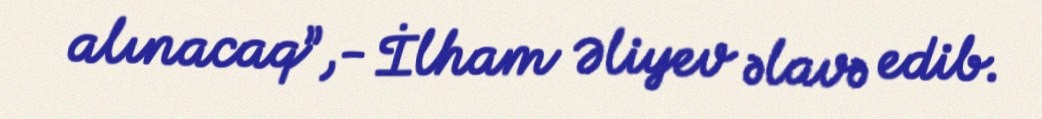
alınacaq”,- İlham Əliyev əlavə edib.